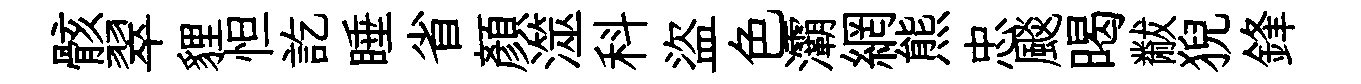
骸翠貍怛訖睡省顏澨科盜色灞網熊忠颷暍黻猊鋒